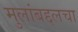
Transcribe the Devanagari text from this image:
मुलांबद्दलचा